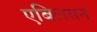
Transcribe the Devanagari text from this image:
एबिलसन